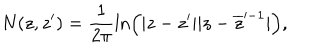
N ( z , z ^ { \prime } ) = \frac { 1 } { 2 \pi } \ln \left( | z - z ^ { \prime } | | z - \overline { { { z } } } ^ { - 1 } | \right) ,